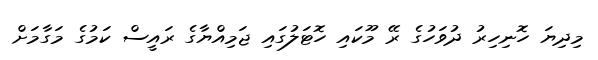
މިދިޔަ ހޮނިހިރު ދުވަހުގެ ރޭ މޫކައި ހޮޓަލުގައި ޖަމިއްޔާގެ ރައީސް ކަމުގެ މަގާމަށް